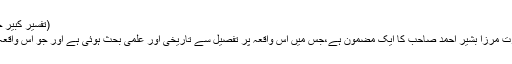
(تفسیر کبیر جلد 10 صفحہ 539 تا 542)
پھر ہمارے لٹریچر میں حضرت مرزا بشیر احمد صاحبؓ کا ایک مضمون ہے،جس میں اس واقعہ پر تفصیل سے تاریخی اور علمی بحث ہوئی ہے اور جو اس واقعہ کی مزید وضاحت کرتا ہے ۔